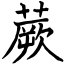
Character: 蕨